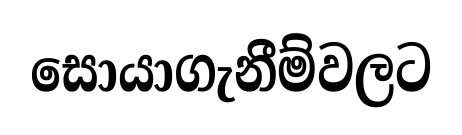
සොයාගැනීම්වලට